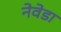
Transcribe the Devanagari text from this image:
नेवेडा